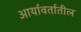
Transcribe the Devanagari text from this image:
आर्यावर्तातील